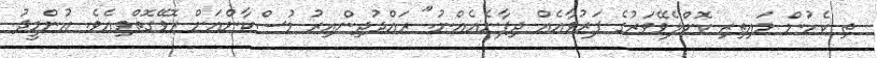
ތި ކެހުން މައިތިރި ކޮށްލެވޭވަރުގެ ފަރުވާއެއް ދިފާނެއެއްނު." ރައްދުދިންއިރު މުސްކާންއަށް ރޮވޭގޮތްވިއެވެ. އުންމީދު